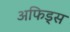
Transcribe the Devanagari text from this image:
अफिड्स